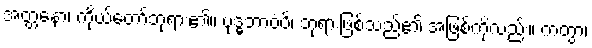
အတ္တနော၊ ကိုယ်တော်ဘုရား၏။ ဗုဒ္ဓဘာဝံပိ၊ ဘုရားဖြစ်သည်၏ အဖြစ်ကိုလည်း။ ကတွာ၊